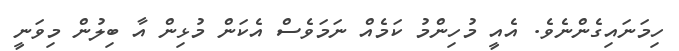
ހިމަނައިގެންނެވެ. އެއީ މުހިންމު ކަމެއް ނަމަވެސް އެކަން މުޅިން އާ ބިލުން މިވަނީ